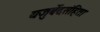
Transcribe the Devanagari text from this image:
यजुर्वेदसंहिता